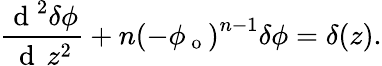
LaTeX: \frac{\mathrm{~d~}^{2}\delta\phi}{\mathrm{~d~}\, z^{2}}+n\left(-\phi_{\mathrm{~o~}}\right)^{n-1}\delta\phi=\delta(z).